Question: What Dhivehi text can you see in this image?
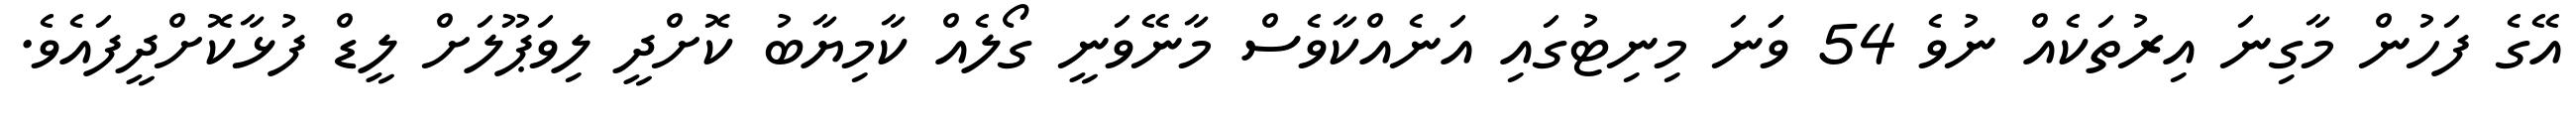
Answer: އޭގެ ފަހުން މާގިނަ އިރުތަކެއް ނުވެ 54 ވަަނަ މިނިޓުގައި އަނެއްކާވެސް މާނޭވަނީ ގޯލެއް ކާމިޔާބު ކޮށްދީ ލިވަޕޫލަށް ލީޑް ފުޅާކޮށްދީފައެވެ.